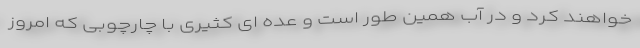
خواهند کرد و در آب همین طور است و عده ای کثیری با چارچوبی که امروز